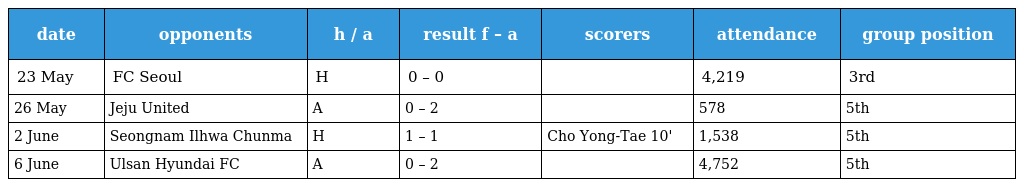
| date | opponents | h / a | result f – a | scorers | attendance | group position |
 | --- | --- | --- | --- | --- | --- | --- |
 | 23 May | FC Seoul | H | 0 – 0 |  | 4,219 | 3rd |
 | 26 May | Jeju United | A | 0 – 2 |  | 578 | 5th |
 | 2 June | Seongnam Ilhwa Chunma | H | 1 – 1 | Cho Yong-Tae 10' | 1,538 | 5th |
 | 6 June | Ulsan Hyundai FC | A | 0 – 2 |  | 4,752 | 5th |